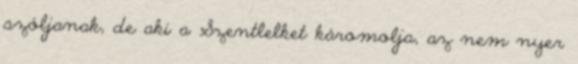
szóljanak, de aki a Szentlelket káromolja, az nem nyer